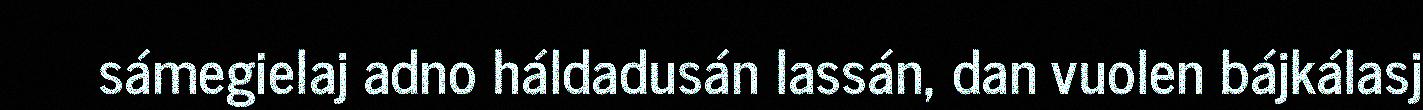
sámegielaj adno háldadusán lassán, dan vuolen bájkálasj